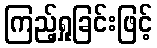
ကြည့်ရှုခြင်းဖြင့်